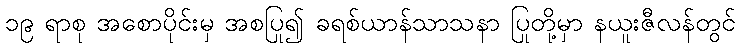
၁၉ ရာစု အစောပိုင်းမှ အစပြု၍ ခရစ်ယာန်သာသနာ ပြုတို့မှာ နယူးဇီလန်တွင်